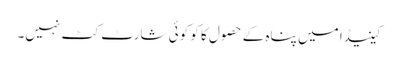
کینیڈا میں پناہ کے حصول کا کو کوئی شارٹ کٹ نہیں۔